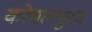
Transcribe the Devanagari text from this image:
कोमलपुरम